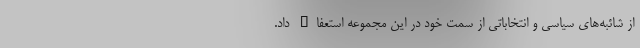
از شائبه‌های سیاسی و انتخاباتی از سمت خود در این مجموعه استعفاء داد.